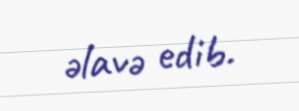
əlavə edib.